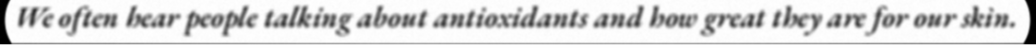
We often hear people talking about antioxidants and how great they are for our skin.